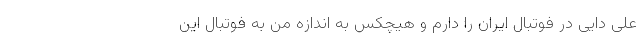
علی دایی در فوتبال ایران را دارم و هیچکس به اندازه من به فوتبال این